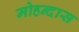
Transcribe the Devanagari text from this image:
मोहन्दास